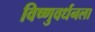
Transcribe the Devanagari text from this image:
विष्णुवर्धनला